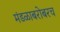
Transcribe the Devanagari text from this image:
मंडळाबरोबरच